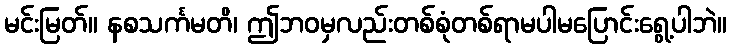
မင်းမြတ်။ နစသင်္ကမတိ၊ ဤဘဝမှလည်းတစ်စုံတစ်ရာမပါမပြောင်းရွေ့ပါဘဲ။